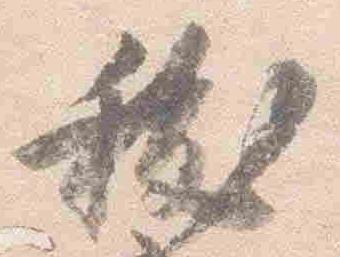
祓